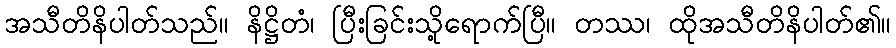
အသီတိနိပါတ်သည်။ နိဋ္ဌိတံ၊ ပြီးခြင်းသို့ရောက်ပြီ။ တဿ၊ ထိုအသီတိနိပါတ်၏။